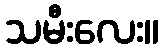
သမီးလေး။